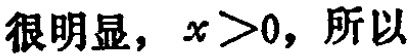
很明显，\(x > 0\)，所以